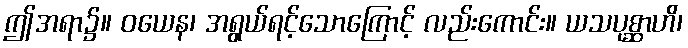
ဤအရာ၌။ ဝယေန၊ အရွယ်ရင့်သောကြောင့် လည်းကောင်း။ ယသပုစ္ဆာဟိ၊